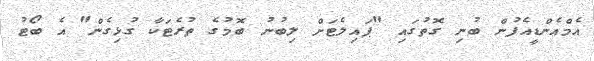
އެމްއެންޑީއެފުން ބުނި ގޮތުގައި "ޕައިލެޓަށް ލިބުނު ބޮމުގެ ތުރެޓަކާ ގުޅިގެން" އެ ބޯޓު